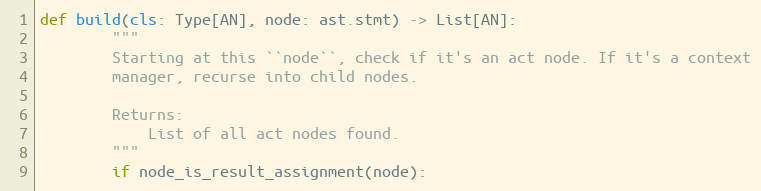
Language: Python
def build(cls: Type[AN], node: ast.stmt) -> List[AN]:
        """
        Starting at this ``node``, check if it's an act node. If it's a context
        manager, recurse into child nodes.

        Returns:
            List of all act nodes found.
        """
        if node_is_result_assignment(node):